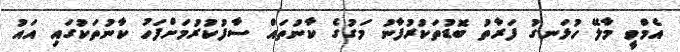
އެމްވީ މާލޭ ހުޅަނގު ފަރާތު ބޮަޑުތަކުރުފާނު މަގުގެ ކާނުތައް ސާފުކުރުމަށްފަހު ކާނުތަކުގައި އައު